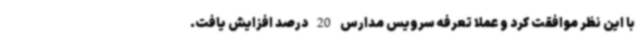
با این نظر موافقت کرد و عملا تعرفه سرویس مدارس 20 درصد افزایش یافت.